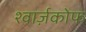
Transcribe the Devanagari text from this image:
श्वार्ज़कोफ